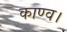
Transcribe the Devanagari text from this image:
काण्‍व।